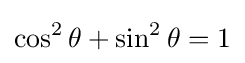
\cos ^{2}\theta +\sin ^{2}\theta =1